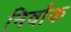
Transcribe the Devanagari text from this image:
निर्वाक